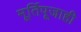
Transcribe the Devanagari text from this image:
मूर्तिपूजाही